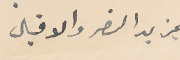
بمزيد النصر والاقبال